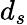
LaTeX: d_{s}